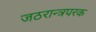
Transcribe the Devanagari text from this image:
जठरान्त्रपरक